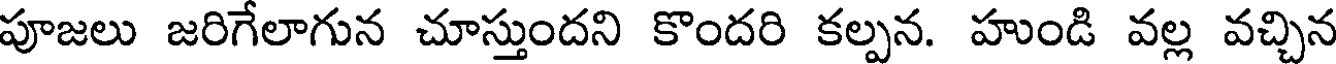
పూజలు జరిగేలాగున చూస్తుందని కొందరి కల్పన. హుండి వల్ల వచ్చిన